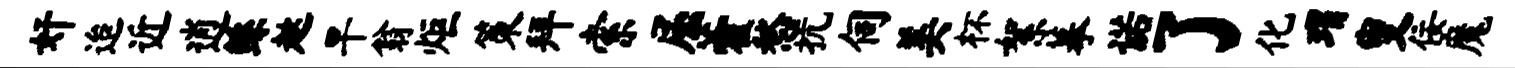
奸迨近逍鲧趑旱翁炬策拜索屈藿愁抗伺美杯絮摹诺了化瑁叟佞魔